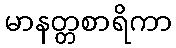
မာနတ္တစာရိကာ